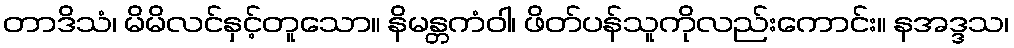
တာဒိသံ၊ မိမိလင်နှင့်တူသော။ နိမန္တကံဝါ၊ ဖိတ်ပန်သူကိုလည်းကောင်း။ နအဒ္ဒသ၊